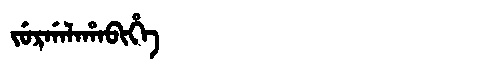
Manchu: ᠵᡠᡵᡤᠠᠯᠠᡥᠠᠪᡳᡥᡝ
Romanization: JURGALAHABIHE